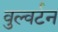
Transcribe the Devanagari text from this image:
वुल्वर्टन